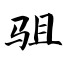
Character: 驵